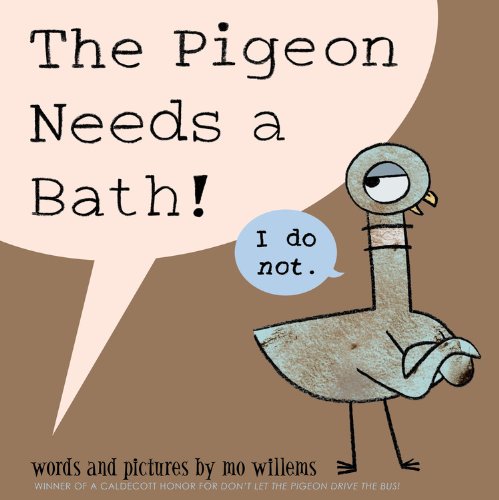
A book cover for The Pigeon Needs a Bath!; Mo Willems; Children's Books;